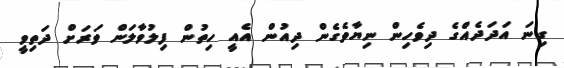
ގިނަ އަދަދެއްގެ ދިވެހިން ނިޔާވެެގެން ދިއުން އެއީ ހިތުން ފިލުވާލަން ވަރަށް ދަތިވީ